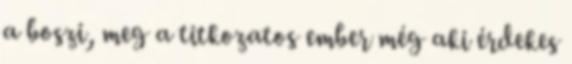
a boszi, meg a titkozatos ember még aki érdekes